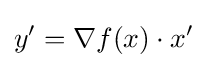
y'=\nabla f(x)\cdot x'